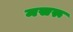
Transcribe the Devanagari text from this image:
मसरू